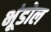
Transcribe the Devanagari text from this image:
भूंडोल